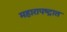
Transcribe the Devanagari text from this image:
महारापष्ट्रात